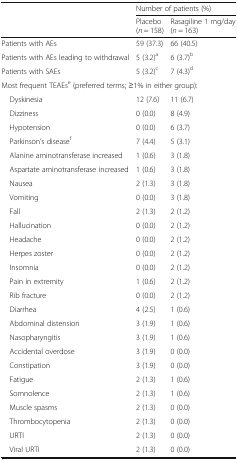
| <ROWSPAN=2>  | <COLSPAN=2> Number of patients (%) |
 | Placebo (n = 158) | Rasagiline 1 mg/day (n = 163) |
 | --- | --- | --- |
 | Patients with AEs | 59 (37.3) | 66 (40.5) |
 | Patients with AEs leading to withdrawal | 5 (3.2)a | 6 (3.7)b |
 | Patients with SAEs | 5 (3.2)c | 7 (4.3)d |
 | <COLSPAN=3> Most frequent TEAEse (preferred terms; ≥1% in either group): |
 | Dyskinesia | 12 (7.6) | 11 (6.7) |
 | Dizziness | 0 (0.0) | 8 (4.9) |
 | Hypotension | 0 (0.0) | 6 (3.7) |
 | Parkinson’s diseasef | 7 (4.4) | 5 (3.1) |
 | Alanine aminotransferase increased | 1 (0.6) | 3 (1.8) |
 | Aspartate aminotransferase increased | 1 (0.6) | 3 (1.8) |
 | Nausea | 2 (1.3) | 3 (1.8) |
 | Vomiting | 0 (0.0) | 3 (1.8) |
 | Fall | 2 (1.3) | 2 (1.2) |
 | Hallucination | 0 (0.0) | 2 (1.2) |
 | Headache | 0 (0.0) | 2 (1.2) |
 | Herpes zoster | 0 (0.0) | 2 (1.2) |
 | Insomnia | 0 (0.0) | 2 (1.2) |
 | Pain in extremity | 1 (0.6) | 2 (1.2) |
 | Rib fracture | 0 (0.0) | 2 (1.2) |
 | Diarrhea | 4 (2.5) | 1 (0.6) |
 | Abdominal distension | 3 (1.9) | 1 (0.6) |
 | Nasopharyngitis | 3 (1.9) | 1 (0.6) |
 | Accidental overdose | 3 (1.9) | 0 (0.0) |
 | Constipation | 3 (1.9) | 0 (0.0) |
 | Fatigue | 2 (1.3) | 1 (0.6) |
 | Somnolence | 2 (1.3) | 1 (0.6) |
 | Muscle spasms | 2 (1.3) | 0 (0.0) |
 | Thrombocytopenia | 2 (1.3) | 0 (0.0) |
 | URTI | 2 (1.3) | 0 (0.0) |
 | Viral URTI | 2 (1.3) | 0 (0.0) |